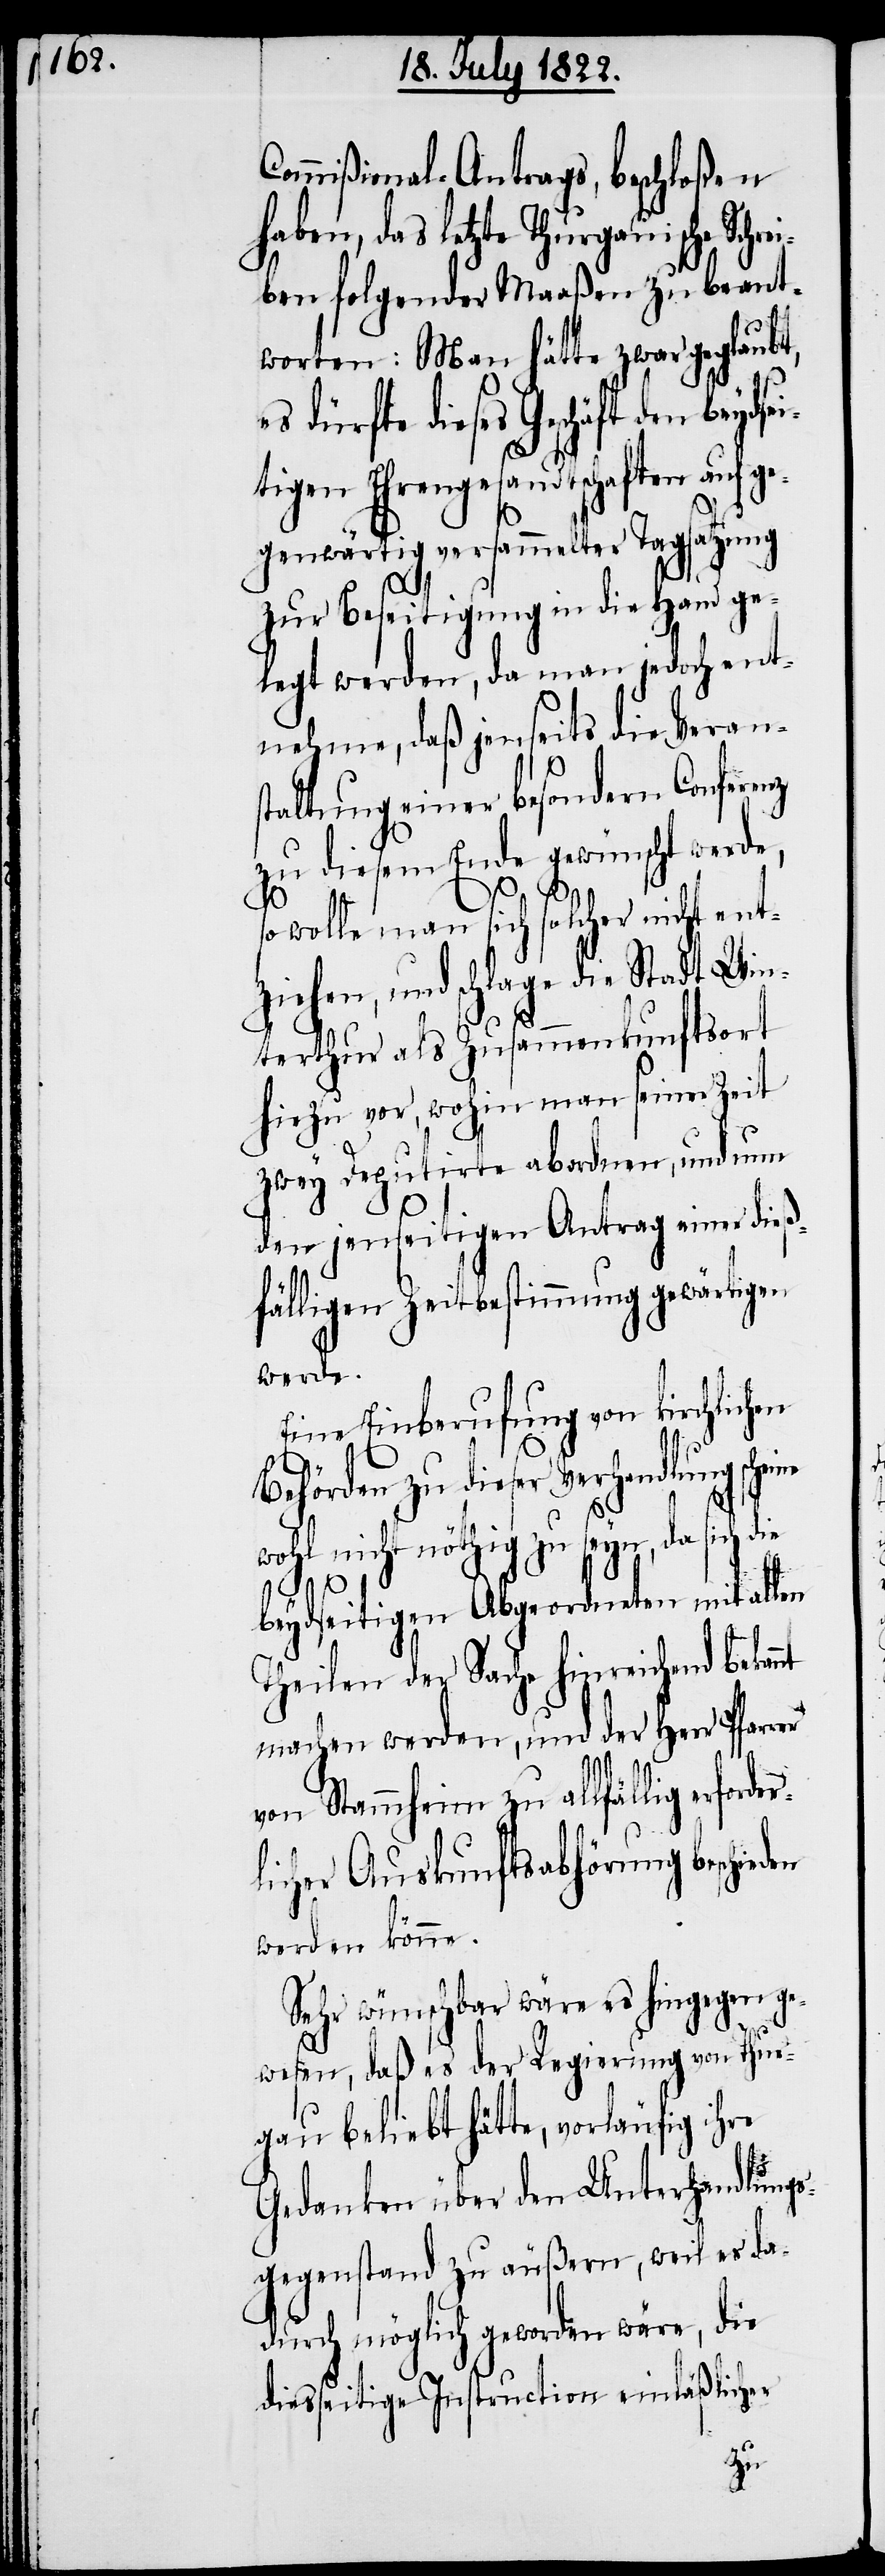
Commißional-Antrags, beschloßen
haben, das letzte Thurgaui¬
ben folgender Maaßen zu beant¬
worten: Man hätte zwar geglaubt,
schäft den beydsei¬
tigen Ehrengesandtschaften auf g¬
egenwärtig versammelter Tagsatzung
zur Beseitigung in die Hand ge¬
legt werden, da man jedoch ent¬
nehme, daß jenseits die Verans¬
taltung einer besondern Conferenz
zu diesem Ende gewünscht werde,
so wolle man sich solcher nicht ent¬
ziehen, und schlage die Stadt Win¬
terthur als Zusammenkunftsort
hiezu vor, wohin man seiner Zeit
zwey Deputirte abordnen, und nun
den jenseitigen Antrag einer dieß¬
fälligen Zeitbestimmung gewärtigen
werde.
Sehr wünschbar wäre es hingegen ge¬
wesen, daß es der Regierung von Thur¬
gau beliebt hätte, vorläufig ihre
Gedanken über den Unterhandlungs¬
gegenstand zu äußern, weil es da¬
durch möglich geworden wäre, die
diesseitige Instruction einläßlicher